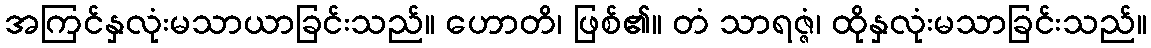
အကြင်နှလုံးမသာယာခြင်းသည်။ ဟောတိ၊ ဖြစ်၏။ တံ သာရဇ္ဇံ၊ ထိုနှလုံးမသာခြင်းသည်။